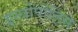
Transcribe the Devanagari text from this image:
इस्त्रोपोलिस